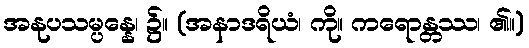
အနုပသမ္ပန္နေ၊ ၌။ (အနာဒရိယံ၊ ကို။ ကရောန္တဿ၊ ၏။)